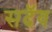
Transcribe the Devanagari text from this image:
सदॅव